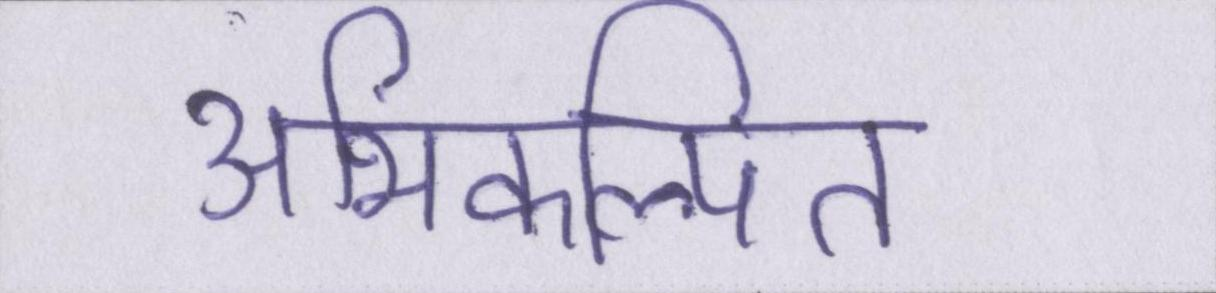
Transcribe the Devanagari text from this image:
अभिकल्पित